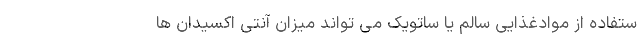
ستفاده از موادغذایی سالم یا ساتویک می تواند میزان آنتی اکسیدان ها